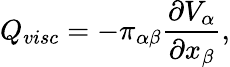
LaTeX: Q_{visc}=-\pi_{\alpha\beta}\frac{\partial V_{\alpha}}{\partial x_{\beta}},